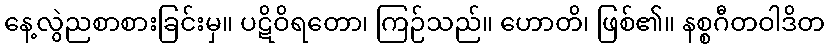
နေ့လွဲညစာစားခြင်းမှ။ ပဋိဝိရတော၊ ကြဉ်သည်။ ဟောတိ၊ ဖြစ်၏။ နစ္စဂီတဝါဒိတ